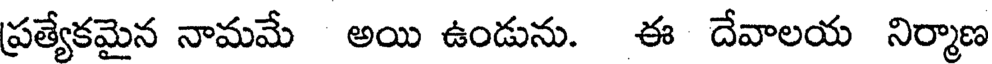
ప్రత్యేకమైన నామమే అయి ఉండును. ఈ దేవాలయ నిర్మాణ